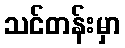
သင်တန်းမှာ